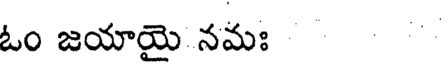
ఓం జయాయై నమః .